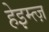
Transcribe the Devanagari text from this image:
हेइम्त्ज़